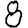
Digit: 8